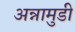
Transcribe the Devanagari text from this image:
अन्नामुडी